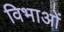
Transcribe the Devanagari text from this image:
विभाओं